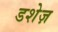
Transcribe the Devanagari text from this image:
डशेज़